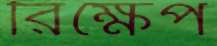
রিক্ষেপ